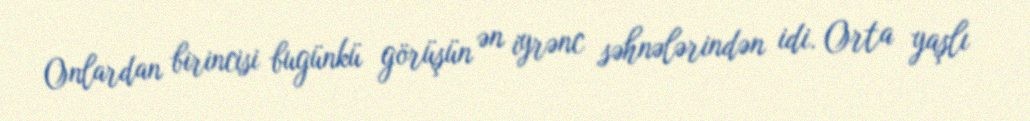
Onlardan birincisi bugünkü görüşün ən iyrənc səhnələrindən idi. Orta yaşlı